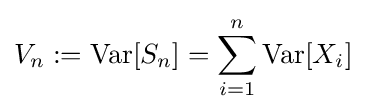
V_{n}:=\operatorname {Var} [S_{n}]=\sum _{i=1}^{n}\operatorname {Var} [X_{i}]